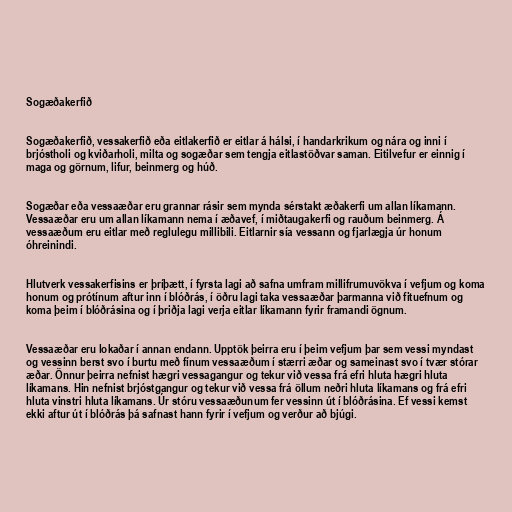
Sogæðakerfið

Sogæðakerfið, vessakerfið eða eitlakerfið er eitlar á hálsi, í handarkrikum og nára og inni í
brjóstholi og kviðarholi, milta og sogæðar sem tengja eitlastöðvar saman. Eitilvefur er einnig í
maga og görnum, lifur, beinmerg og húð.

Sogæðar eða vessaæðar eru grannar rásir sem mynda sérstakt æðakerfi um allan líkamann.
Vessaæðar eru um allan líkamann nema í æðavef, í miðtaugakerfi og rauðum beinmerg. Á
vessaæðum eru eitlar með reglulegu millibili. Eitlarnir sía vessann og fjarlægja úr honum
óhreinindi.

Hlutverk vessakerfisins er þríþætt, í fyrsta lagi að safna umfram millifrumuvökva í vefjum og koma
honum og prótínum aftur inn í blóðrás, í öðru lagi taka vessaæðar þarmanna við fituefnum og
koma þeim í blóðrásina og í þriðja lagi verja eitlar líkamann fyrir framandi ögnum.

Vessaæðar eru lokaðar í annan endann. Upptök þeirra eru í þeim vefjum þar sem vessi myndast
og vessinn berst svo í burtu með fínum vessaæðum í stærri æðar og sameinast svo í tvær stórar
æðar. Önnur þeirra nefnist hægri vessagangur og tekur við vessa frá efri hluta hægri hluta
líkamans. Hin nefnist brjóstgangur og tekur við vessa frá öllum neðri hluta líkamans og frá efri
hluta vinstri hluta líkamans. Úr stóru vessaæðunum fer vessinn út í blóðrásina. Ef vessi kemst
ekki aftur út í blóðrás þá safnast hann fyrir í vefjum og verður að bjúgi.